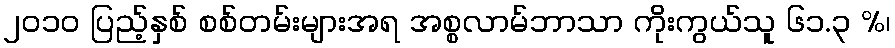
၂၀၁၀ ပြည့်နှစ် စစ်တမ်းများအရ အစ္စလာမ်ဘာသာ ကိုးကွယ်သူ ၆၁.၃ %၊